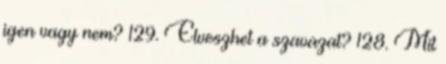
igen vagy nem? 129. Elveszhet a szavazat? 128. Mit